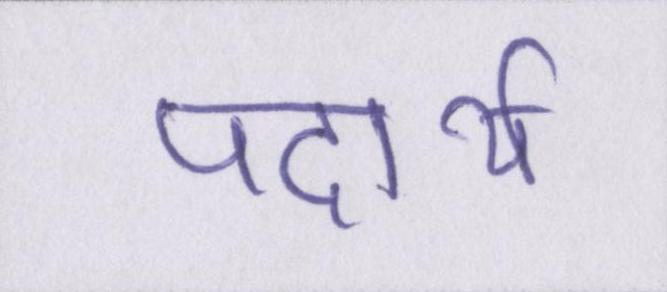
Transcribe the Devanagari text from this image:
पदार्थ